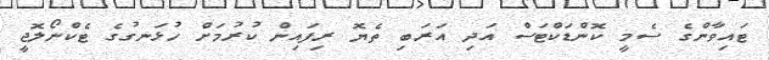
ޓައިވާންގެ ސެމީ ކޮންޑަކްޓަސް އަދި އަރަބި ތެޔޮ ރިފައިން ކުރުމަށް ހުޅަނގުގެ ޓެކްނޯލޮޖީ